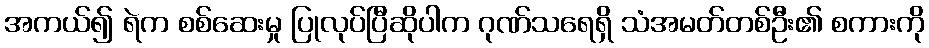
အကယ်၍ ရဲက စစ်ဆေးမှု ပြုလုပ်ပြီဆိုပါက ဂုဏ်သရေရှိ သံအမတ်တစ်ဦး၏ စကားကို